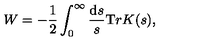
W = - \frac 1 2 \int _ { 0 } ^ { \infty } \frac { { \mathrm d } s } { s } { \mathrm T r } K ( s ) ,